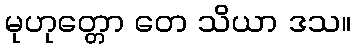
မုဟုတ္တော တေ သိယာ ဒသ။